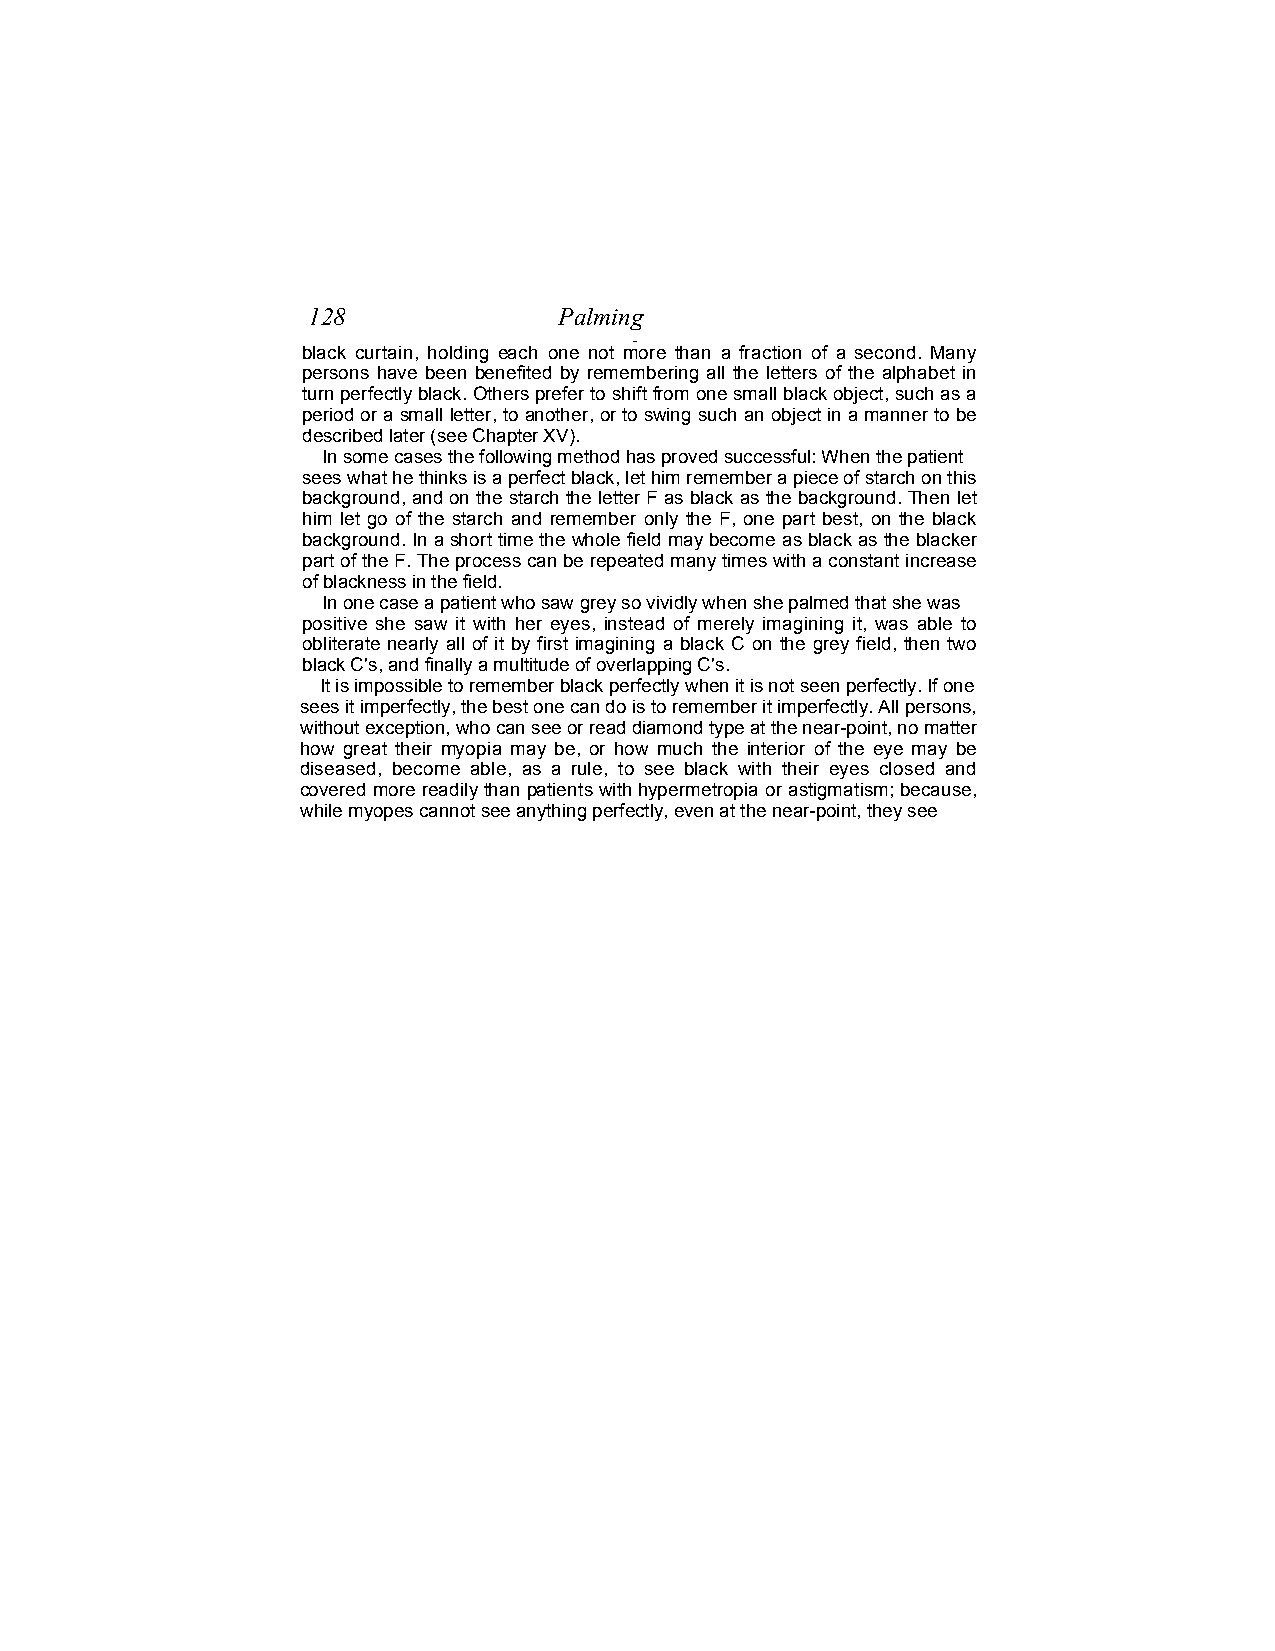
128              Palming
 _ . .
 black curtain, holding each one not more than a fraction of a second. Many
 persons have been benefited by remembering all the letters of the alphabet in
 turn perfectly black. Others prefer to shift from one small black object, such as a
 period or a small letter, to another, or to swing such an object in a manner to be
 described later (see Chapter XV).
 In some cases the following method has proved successful: When the patient
 sees what he thinks is a perfect black, let him remember a piece of starch on this
 background, and on the starch the letter F as black as the background. Then let
 him let go of the starch and remember only the F, one part best, on the black
 background. In a short time the whole field may become as black as the blacker
 part of the F. The process can be repeated many times with a constant increase
 of blackness in the field.
 In one case a patient who saw grey so vividly when she palmed that she was
 positive she saw it with her eyes, instead of merely imagining it, was able to
 obliterate nearly all of it by first imagining a black C on the grey field, then two
 black C's, and finally a multitude of overlapping C's.
 It is impossible to remember black perfectly when it is not seen perfectly. If one
 sees it imperfectly, the best one can do is to remember it imperfectly. All persons,
 without exception, who can see or read diamond type at the near-point, no matter
 how great their myopia may be, or how much the interior of the eye may be
 diseased, become able, as a rule, to see black with their eyes closed and
 covered more readily than patients with hypermetropia or astigmatism; because,
 while myopes cannot see anything perfectly, even at the near-point, they see